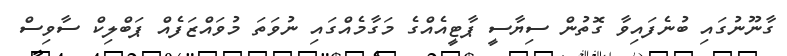
ގާނޫނުގައި ބުނެފައިވާ ގޮތުން ސިޔާސީ ޕާޓީއެއްގެ މަގާމެއްގައި ނުވަތަ މުވައްޒަފެއް ޕަބްލިކް ސާވިސް